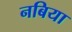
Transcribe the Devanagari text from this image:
नबिया